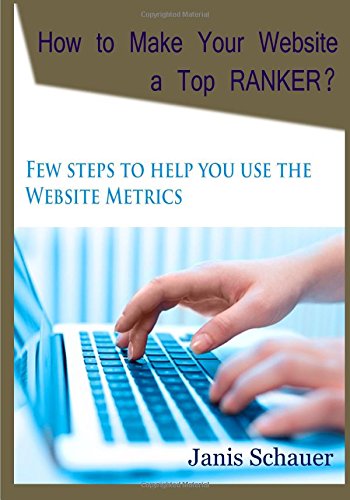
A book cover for How to Make Your Website a             Top RANKER?: Few steps to help you use the Website Metrics; Janis Schauer; Computers & Technology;